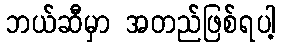
ဘယ်ဆီမှာ အတည်ဖြစ်ရပါ့